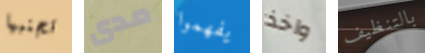
تجنبها مدى يفهموا واخذ بالتنظيف